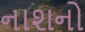
નાશનો